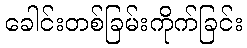
ခေါင်းတစ်ခြမ်းကိုက်ခြင်း